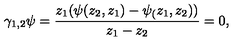
\gamma _ { 1 , 2 } \psi = \frac { z _ { 1 } ( \psi ( z _ { 2 } , z _ { 1 } ) - \psi _ { ( } z _ { 1 } , z _ { 2 } ) ) } { z _ { 1 } - z _ { 2 } } = 0 ,